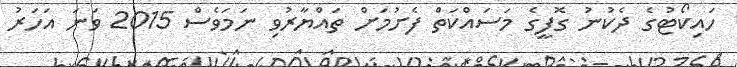
ހައިކޯޓުގެ ދެކުނު ގޮފީގެ މަސައްކަތް ފެށުމަށް ތައްޔާރުވި ނަމަވެސް 2015 ވަނަ އަހަރު